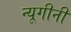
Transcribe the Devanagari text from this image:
न्यूगीनी